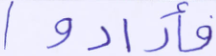
فأرادوا